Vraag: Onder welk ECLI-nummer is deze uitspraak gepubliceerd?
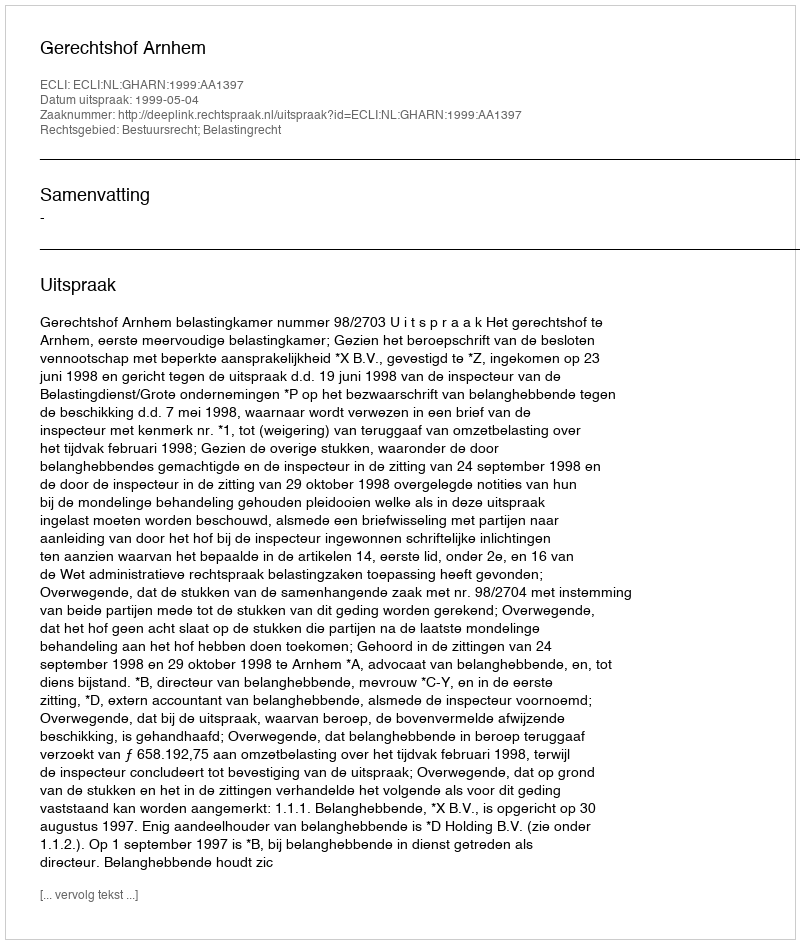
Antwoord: ECLI:NL:GHARN:1999:AA1397